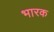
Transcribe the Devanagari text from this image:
भारक